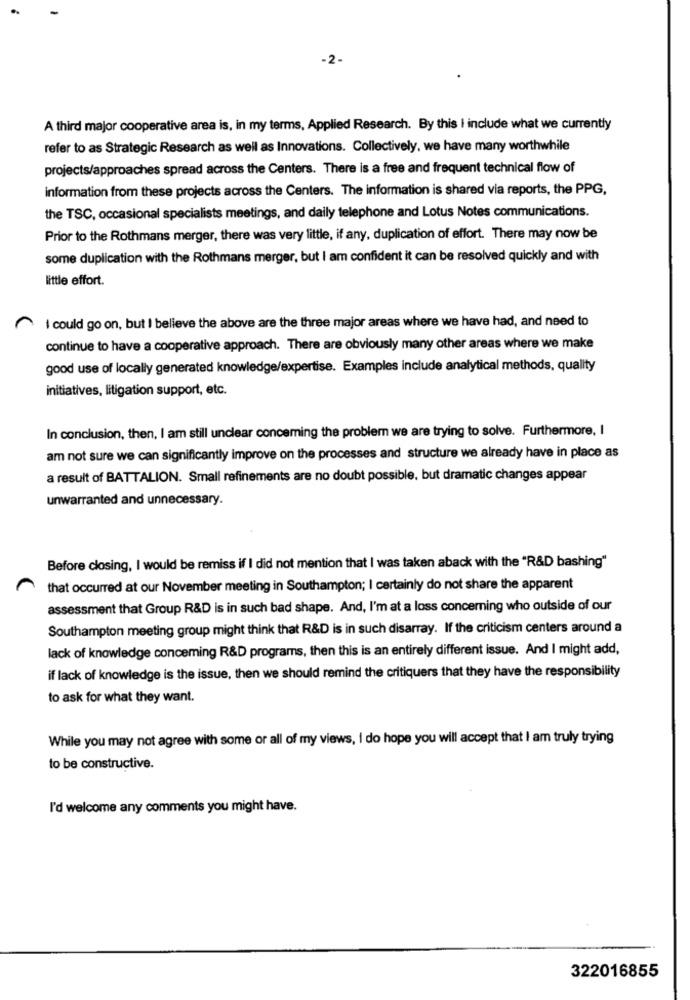
-2-
A third major cooperative area is, in my terms, Applied Research. By this I include what we currently
refer to as Strategic Research as well as Innovations. Collectively, we have many worthwhile
projects/approaches spread across the Centers. There is a free and frequent technical flow of
information from these projects across the Centers. The information is shared via reports, the PPG,
the TSC, occasional specialists meetings, and daily telephone and Lotus Notes communications.
Prior to the Rothmans merger, there was very little, if any, duplication of effort. There may now be
some duplication with the Rothmans merger, but I am confident it can be resolved quickly and with
little effort.
I could go on, but I believe the above are the three major areas where we have had, and need to
continue to have a cooperative approach. There are obviously many other areas where we make
good use of locally generated knowledge/expertise. Examples include analytical methods, quality
initiatives, litigation support, etc.
In conclusion, then, I am still unclear concerning the problem we are trying to solve. Furthermore, I
am not sure we can significantly improve on the processes and structure we already have in place as
a result of BATTALION. Small refinements are no doubt possible, but dramatic changes appear
unwarranted and unnecessary.
Before closing, I would be remiss if I did not mention that I was taken aback with the "R&D bashing"
that occurred at our November meeting in Southampton; I certainly do not share the apparent
assessment that Group R&D is in such bad shape. And, I'm at a loss concerning who outside of our
Southampton meeting group might think that R&D is in such disarray. If the criticism centers around a
lack of knowledge concerning R&D programs, then this is an entirely different issue. And I might add,
if lack of knowledge is the issue, then we should remind the critiquers that they have the responsibility
to ask for what they want.
While you may not agree with some or all of my views, I do hope you will accept that I am truly trying
to be constructive.
I'd welcome any comments you might have.
322016855